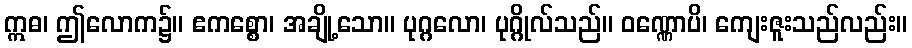
ဣဓ၊ ဤလောက၌။ ဧကစ္စော၊ အချို့သော။ ပုဂ္ဂလော၊ ပုဂ္ဂိုလ်သည်။ ဝဏ္ဏောပိ၊ ကျေးဇူးသည်လည်း။